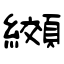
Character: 纐